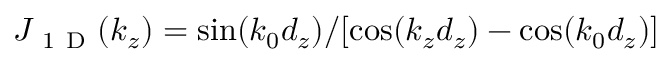
J _ { \mathrm { ~ 1 ~ D ~ } } ( k _ { z } ) = \sin ( k _ { 0 } d _ { z } ) / [ \cos ( k _ { z } d _ { z } ) - \cos ( k _ { 0 } d _ { z } ) ]